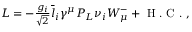
\begin{array} { r } { { \cal L } = - { \frac { g _ { i } } { \sqrt { 2 } } } \bar { l } _ { i } \gamma ^ { \mu } P _ { L } \nu _ { i } W _ { \mu } ^ { - } + \textrm { H . C . } , } \end{array}